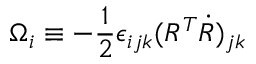
\Omega _ { i } \equiv - \frac 1 2 \epsilon _ { i j k } ( R ^ { T } \dot { R } ) _ { j k }